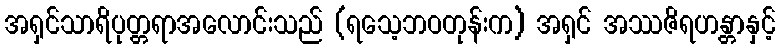
အရှင်သာရိပုတ္တရာအလောင်းသည် (ရသေ့ဘဝတုန်းက) အရှင် အဿဇိရဟန္တာနှင့်